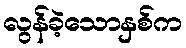
လွန်ခဲ့သောနှစ်က